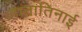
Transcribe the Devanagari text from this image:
व्हानातिनाई